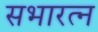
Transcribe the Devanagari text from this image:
सभारत्न